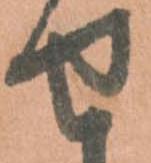
せ